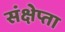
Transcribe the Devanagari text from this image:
संक्षेप्ता